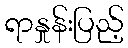
ရာနှုန်းပြည့်